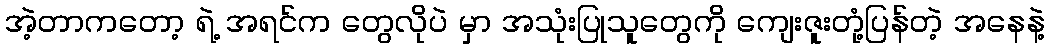
အဲ့တာကတော့ ရဲ့ အရင်က တွေလိုပဲ မှာ အသုံးပြုသူတွေကို ကျေးဇူးတုံ့ပြန်တဲ့ အနေနဲ့